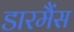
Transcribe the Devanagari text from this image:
डारमैंस